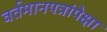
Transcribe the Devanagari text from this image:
वर्तमानपत्रांपेक्षा